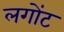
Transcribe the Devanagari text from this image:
लगोंट